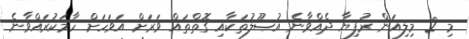
މި 2 މިލިއަން ރުފިޔާ ދެއްވާނެ އުޞޫލުތަކާއި ގޮތްތައް ވަރަށް އަވަހަށް ހާމަކުރައްވާނެ